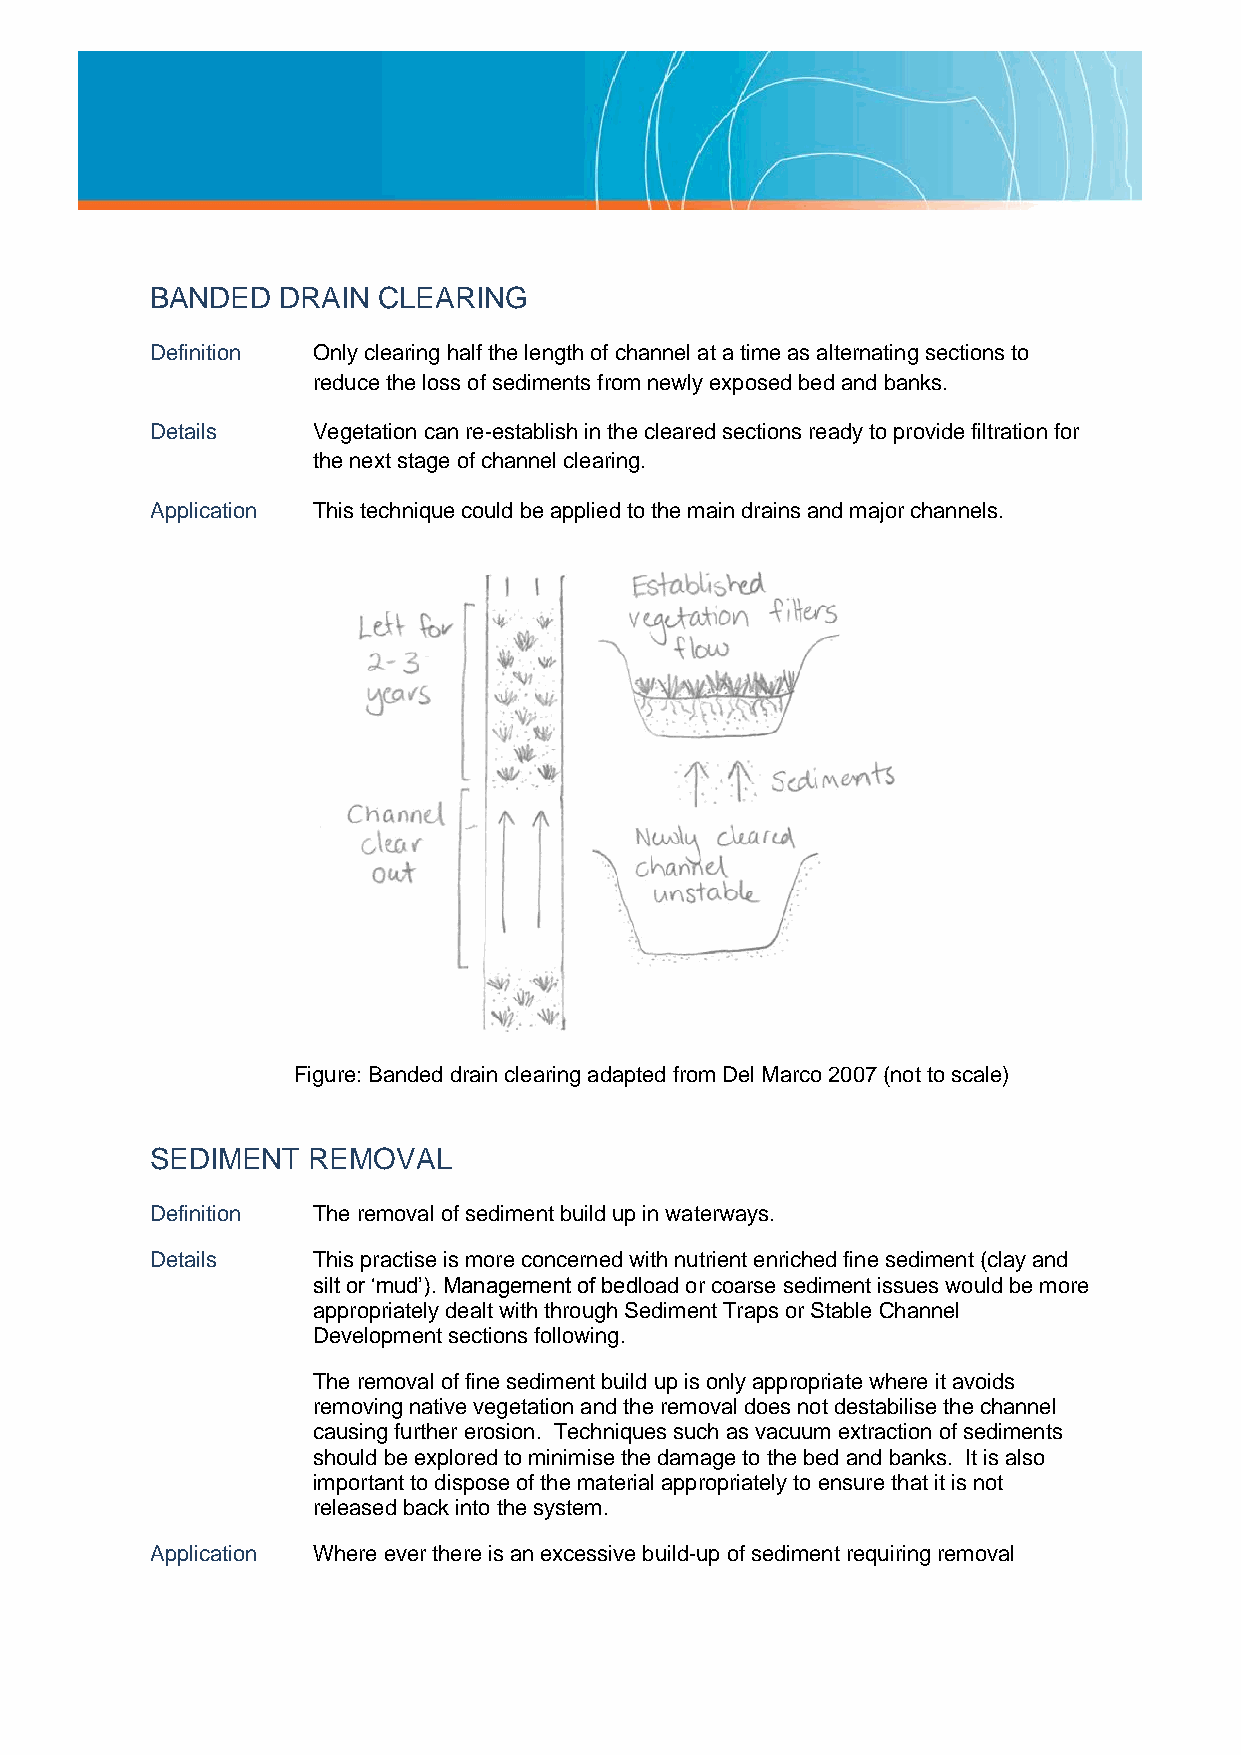
BANDED   DRAIN CLEARING
 Definition Only clearing half the length of channel at a time as alternating sections to
 reduce the loss of sediments from newly exposed bed and banks.
 Details    Vegetation can re-establish in the cleared sections ready to provide filtration for
 the next stage of channel clearing.
 Application This technique could be applied to the main drains and major channels.
 Figure: Banded drain clearing adapted from Del Marco 2007 (not to scale)
 SEDIMENT  REMOVAL
 Definition The removal of sediment build up in waterways.
 Details    This practise is more concerned with nutrient enriched fine sediment (clay and
 silt or ‘mud’). Management of bedload or coarse sediment issues would be more
 appropriately dealt with through Sediment Traps or Stable Channel
 Development sections following.
 The removal of fine sediment build up is only appropriate where it avoids
 removing native vegetation and the removal does not destabilise the channel
 causing further erosion. Techniques such as vacuum extraction of sediments
 should be explored to minimise the damage to the bed and banks. It is also
 important to dispose of the material appropriately to ensure that it is not
 released back into the system.
 Application Where ever there is an excessive build-up of sediment requiring removal